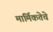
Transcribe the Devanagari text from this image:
मार्मिकतेचे